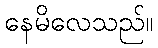
နေမိလေသည်။